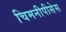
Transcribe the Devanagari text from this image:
चिमनीपीसेस